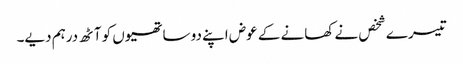
تیسرے شخص نے کھانے کے عوض اپنے دو ساتھیوں کو آٹھ درہم دیے۔